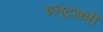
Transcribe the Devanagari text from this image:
इनद्रसत्री